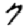
Digit: 7